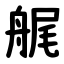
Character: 艉